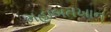
મહાબતખાન